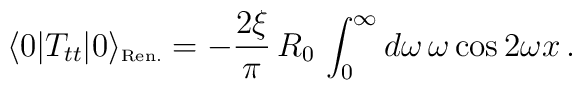
\langle 0 | T_{tt} | 0 \rangle _{\mbox{\tiny Ren.}} = -{2\xi\over\pi}\, R_0\, \int_{0}^{\infty}  d\omega \, \omega \cos{2\omega x}\, .